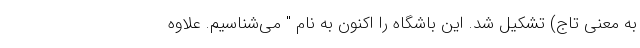
به معنی تاج) تشکیل شد. این باشگاه را اکنون به نام " می‌شناسیم. علاوه